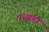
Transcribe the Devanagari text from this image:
रन्जना